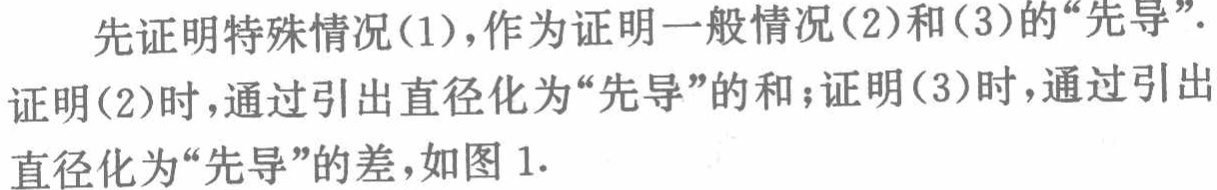
先证明特殊情况(1)，作为证明一般情况(2)和(3)的“先导”.
证明(2)时，通过引出直径化为“先导”的和；证明(3)时，通过引出
直径化为“先导”的差，如图 1.